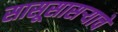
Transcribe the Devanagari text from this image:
सासूसासऱ्याचे